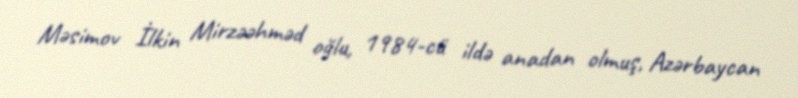
Məsimov İlkin Mirzəəhməd oğlu, 1984-cü ildə anadan olmuş, Azərbaycan